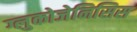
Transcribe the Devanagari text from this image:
ग्लुकोजेनिसिस